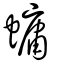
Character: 䗤